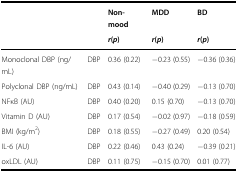
|  |  | Non-mood | MDD | BD |
 |  |  | r (p) | r (p) | r (p) |
 | --- | --- | --- | --- | --- |
 | Monoclonal DBP (ng/mL) | DBP | 0.36 (0.22) | −0.23 (0.55) | −0.36 (0.36) |
 | Polyclonal DBP (ng/mL) | DBP | 0.43 (0.14) | −0.40 (0.29) | −0.13 (0.70) |
 | NFκB (AU) | DBP | 0.40 (0.20) | 0.15 (0.70) | −0.13 (0.70) |
 | Vitamin D (AU) | DBP | 0.17 (0.54) | −0.02 (0.97) | −0.18 (0.59) |
 | BMI (kg/m2) | DBP | 0.18 (0.55) | −0.27 (0.49) | 0.20 (0.54) |
 | IL-6 (AU) | DBP | 0.22 (0.46) | 0.43 (0.24) | −0.39 (0.21) |
 | oxLDL (AU) | DBP | 0.11 (0.75) | −0.15 (0.70) | 0.01 (0.77) |